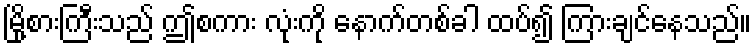
မြို့စားကြီးသည် ဤစကား လုံးကို နောက်တစ်ခါ ထပ်၍ ကြားချင်နေသည်။